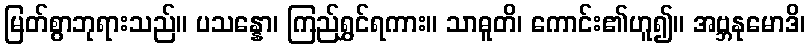
မြတ်စွာဘုရားသည်။ ပသန္နော၊ ကြည်ရွှင်ရကား။ သာဓူတိ၊ ကောင်း၏ဟူ၍။ အဗ္ဘနုမောဒိ၊